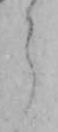
ら